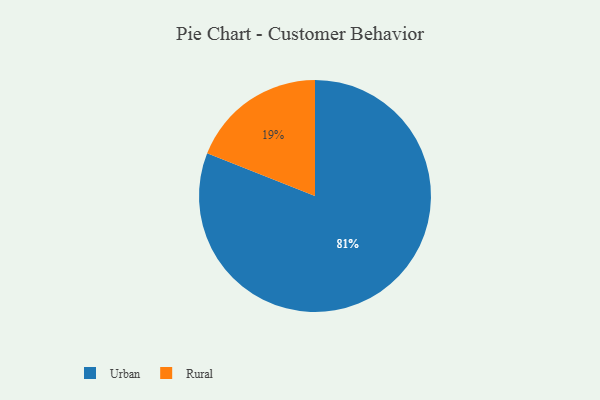
{"axis": {"x": "Category", "y": "Percentage"}, "legend": ["Rural", "Urban"], "data": [{"x": "Urban", "y": 81, "type": "Urban"}, {"x": "Rural", "y": 19, "type": "Rural"}]}